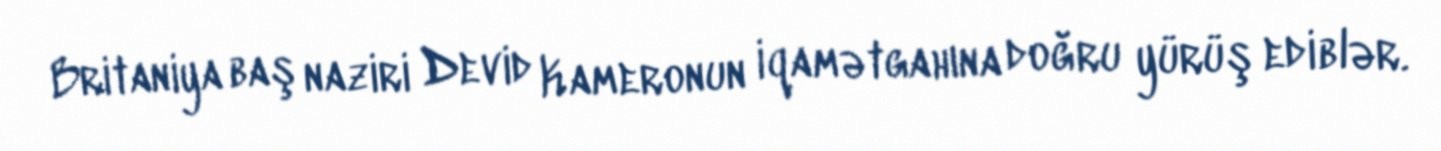
Britaniya baş naziri Devid Kameronun iqamətgahına doğru yürüş ediblər.